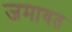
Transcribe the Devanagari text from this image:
जमायत